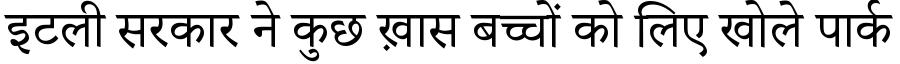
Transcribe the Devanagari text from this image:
इटली सरकार ने कुछ ख़ास बच्चों को लिए खोले पार्क